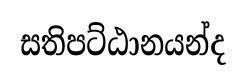
සතිපට්ඨානයන්ද